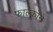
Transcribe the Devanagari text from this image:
फाल्कोने